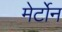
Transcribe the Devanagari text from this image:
मेर्टोन